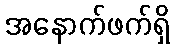
အနောက်ဖက်ရှိ